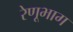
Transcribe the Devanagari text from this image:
रेणूभाग